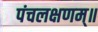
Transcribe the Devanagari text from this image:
पंचलक्षणम्‌॥